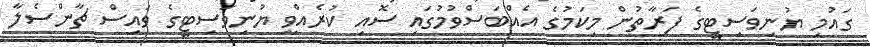
ގައުމި ޔުނިވަސިޓީގެ ފަރާތުން މިކަމުގެ އެއްބަސްވުމުގައި ސޮއި ކުރެއްވީ ޔުނިވަސިޓީގެ ވައިސް ޗާންސެލާ